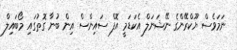
ނަމަވެސް ޔޫކްރޭންގެ ނޭޝަނަލް އެކަޑަމީ އޮފް ސައިންސް އިން ބުނާ ގޮތުގައި މޯބައިލް